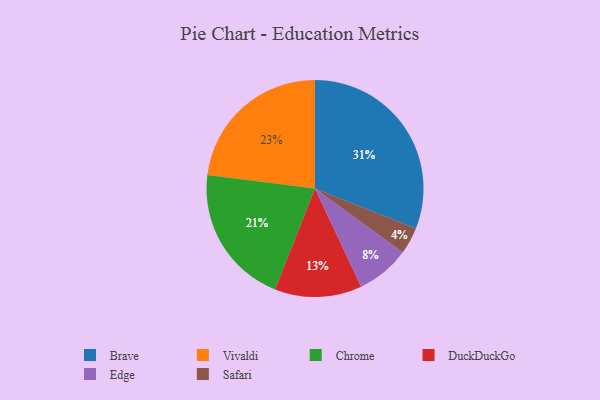
{"axis": {"x": "Category", "y": "Percentage"}, "legend": ["Brave", "Chrome", "DuckDuckGo", "Edge", "Safari", "Vivaldi"], "data": [{"x": "DuckDuckGo", "y": 13, "type": "DuckDuckGo"}, {"x": "Brave", "y": 31, "type": "Brave"}, {"x": "Chrome", "y": 21, "type": "Chrome"}, {"x": "Safari", "y": 4, "type": "Safari"}, {"x": "Edge", "y": 8, "type": "Edge"}, {"x": "Vivaldi", "y": 23, "type": "Vivaldi"}]}